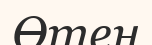
Өтен